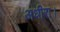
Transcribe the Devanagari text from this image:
अधीरा।